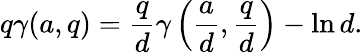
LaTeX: q\gamma(a,q)={\frac{q}{d}}\gamma\left({\frac{a}{d}},{\frac{q}{d}}\right)-\ln d.